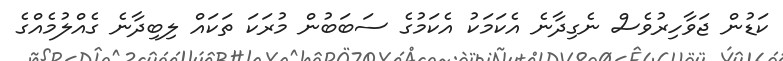
ކަޑުން ޖަވާހިރުވެސް ނެގިދާނެ އެކަމަކު އެކަމުގެ ސަބަބުން މުރަކަ ތަކައް ލިބިދާނެ ގެއްލުމެއްގެ